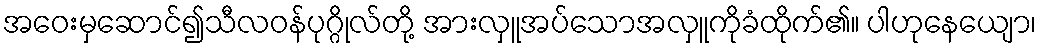
အဝေးမှဆောင်၍သီလဝန်ပုဂ္ဂိုလ်တို့ အားလှူအပ်သောအလှူကိုခံထိုက်၏။ ပါဟုနေယျော၊